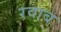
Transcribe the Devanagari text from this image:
रवाब